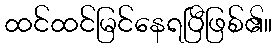
ထင်ထင်မြင်နေရပြီဖြစ်၏။